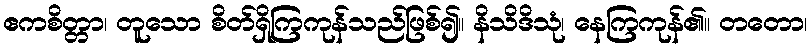
ဧကစိတ္တာ၊ တူသော စိတ်ရှိကြကုန်သည်ဖြစ်၍။ နိသိဒိသုံ၊ နေကြကုန်၏။ တတော၊